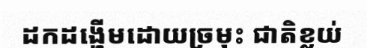
ដកដង្ហើមដោយច្រមុះ ជាតិខ្លយ់